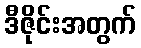
ဒီဇိုင်းအတွက်